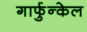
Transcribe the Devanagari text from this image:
गार्फुन्केल